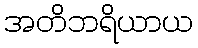
အတိဘရိယာယ